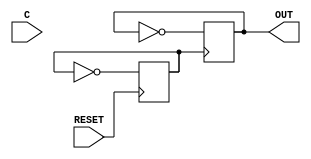
//-----------------------------------------------------------------------------
// BR128 - Bistable Ring PUF 128-bit 
//-----------------------------------------------------------------------------
// dump-vcd: False
// verilator-xinit: zeros
module NBR128 
(
  input wire RESET,
  input wire [127:0] C,
  output wire OUT
  `ifdef USE_POWER_PINS
  ,
  inout VSS,
  inout VDD
  `endif
);
  supply1 VDD;
  supply0 VSS;
  // empty module
  // see lib file
  reg int1;
  reg int2;

  initial begin
    int1 <= 0;
    int2 <= 0;
  end

  always @ (posedge RESET) begin
    int1 <= ~int1;
  end

  always @ (posedge int1) begin
    int2 <= ~int2;
  end

  assign OUT = int2;
  
endmodule